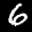
Label: 6